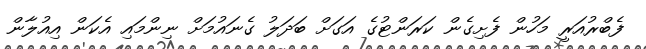
ފެބްރުއަރީ މަހުން ފެށިގެން ކަރަންޓުގެ އަގަށް ބަދަލު ގެނައުމަށް ނިންމައި އެކަން އިއުލާން